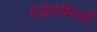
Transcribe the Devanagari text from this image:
इंडोलेशियाई